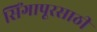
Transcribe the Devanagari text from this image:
सिंगापूरसाठी